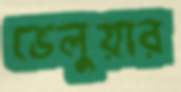
ভেলুয়ার